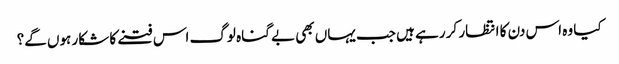
کیا وہ اس دن کا انتظار کر رہے ہیں جب یہاں بھی بے گناہ لوگ اس فتنے کا شکار ہوں گے؟